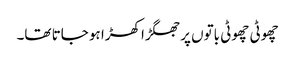
چھوٹی چھوٹی باتوں پر جھگڑا کھڑا ہو جاتا تھا۔